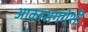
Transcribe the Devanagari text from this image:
आकाशगंगेशी